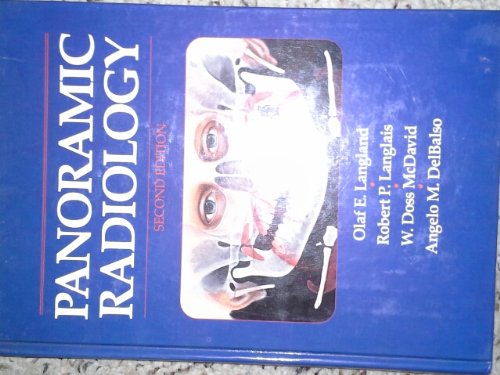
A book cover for Panoramic Radiology; Olaf E. Langland; Medical Books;